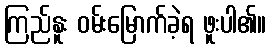
ကြည်နူး ဝမ်းမြောက်ခဲ့ရ ဖူးပါ၏။